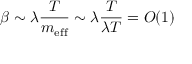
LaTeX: \beta \sim \lambda \frac { T } { m _ { \mathrm { e f f } } } \sim \lambda \frac { T } { \lambda T } = { \cal O } ( 1 )